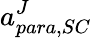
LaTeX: a_{para,SC}^{J}